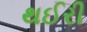
થઈરી